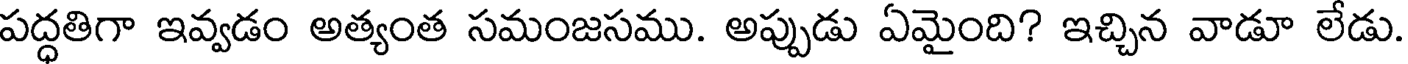
పద్ధతిగా ఇవ్వడం అత్యంత సమంజసము. అప్పుడు ఏమైంది? ఇచ్చిన వాడూ లేడు